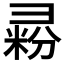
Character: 𰐥